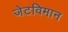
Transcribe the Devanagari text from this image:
जेटविमान